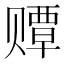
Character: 𫎫